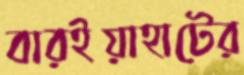
বারইয়াহাটের